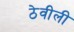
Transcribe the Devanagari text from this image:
ठेवीली